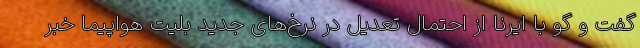
گفت و گو با ایرنا از احتمال تعدیل در نرخ‌های جدید بلیت هواپیما خبر